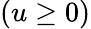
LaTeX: (u\geq 0)